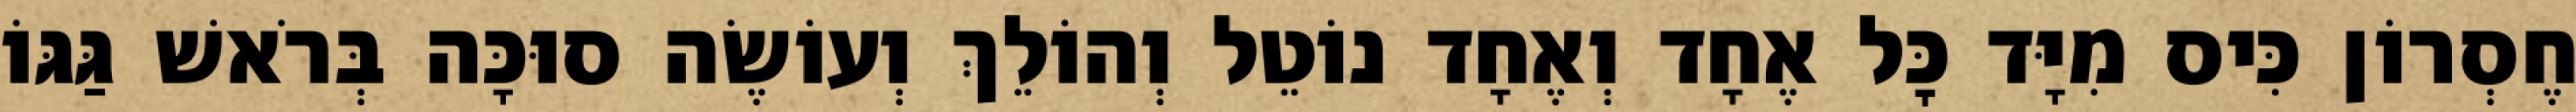
חֶסְרוֹן כִּיס מִיָּד כׇּל אֶחָד וְאֶחָד נוֹטֵל וְהוֹלֵךְ וְעוֹשֶׂה סוּכָּה בְּרֹאשׁ גַּגּוֹ